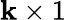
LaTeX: \mathbf{k}\times1